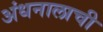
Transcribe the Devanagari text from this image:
अंधनालाची